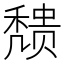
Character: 𬓼